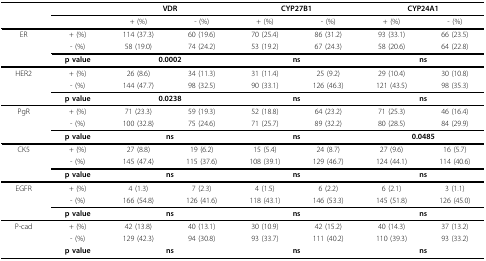
<table><thead><tr><td></td><td></td><td colspan="2"><b>VDR</b></td><td colspan="2"><b>CYP27B1</b></td><td colspan="2"><b>CYP24A1</b></td></tr><tr><td></td><td></td><td><b>+ (%)</b></td><td><b>- (%)</b></td><td><b>+ (%)</b></td><td><b>- (%)</b></td><td><b>+ (%)</b></td><td><b>- (%)</b></td></tr></thead><tbody><tr><td>ER</td><td>+ (%)</td><td>114 (37.3)</td><td>60 (19.6)</td><td>70 (25.4)</td><td>86 (31.2)</td><td>93 (33.1)</td><td>66 (23.5)</td></tr><tr><td></td><td>- (%)</td><td>58 (19.0)</td><td>74 (24.2)</td><td>53 (19.2)</td><td>67 (24.3)</td><td>58 (20.6)</td><td>64 (22.8)</td></tr><tr><td></td><td><b>p value</b></td><td colspan="2"><b>0.0002</b></td><td colspan="2"><b>ns</b></td><td colspan="2"><b>ns</b></td></tr><tr><td>HER2</td><td>+ (%)</td><td>26 (8.6)</td><td>34 (11.3)</td><td>31 (11.4)</td><td>25 (9.2)</td><td>29 (10.4)</td><td>30 (10.8)</td></tr><tr><td></td><td>- (%)</td><td>144 (47.7)</td><td>98 (32.5)</td><td>90 (33.1)</td><td>126 (46.3)</td><td>121 (43.5)</td><td>98 (35.3)</td></tr><tr><td></td><td><b>p value</b></td><td colspan="2"><b>0.0238</b></td><td colspan="2"><b>ns</b></td><td colspan="2"><b>ns</b></td></tr><tr><td>PgR</td><td>+ (%)</td><td>71 (23.3)</td><td>59 (19.3)</td><td>52 (18.8)</td><td>64 (23.2)</td><td>71 (25.3)</td><td>46 (16.4)</td></tr><tr><td></td><td>- (%)</td><td>100 (32.8)</td><td>75 (24.6)</td><td>71 (25.7)</td><td>89 (32.2)</td><td>80 (28.5)</td><td>84 (29.9)</td></tr><tr><td></td><td><b>p value</b></td><td colspan="2"><b>ns</b></td><td colspan="2"><b>ns</b></td><td colspan="2"><b>0.0485</b></td></tr><tr><td>CK5</td><td>+ (%)</td><td>27 (8.8)</td><td>19 (6.2)</td><td>15 (5.4)</td><td>24 (8.7)</td><td>27 (9.6)</td><td>16 (5.7)</td></tr><tr><td></td><td>- (%)</td><td>145 (47.4)</td><td>115 (37.6)</td><td>108 (39.1)</td><td>129 (46.7)</td><td>124 (44.1)</td><td>114 (40.6)</td></tr><tr><td></td><td><b>p value</b></td><td colspan="2"><b>ns</b></td><td colspan="2"><b>ns</b></td><td colspan="2"><b>ns</b></td></tr><tr><td>EGFR</td><td>+ (%)</td><td>4 (1.3)</td><td>7 (2.3)</td><td>4 (1.5)</td><td>6 (2.2)</td><td>6 (2.1)</td><td>3 (1.1)</td></tr><tr><td></td><td>- (%)</td><td>166 (54.8)</td><td>126 (41.6)</td><td>118 (43.1)</td><td>146 (53.3)</td><td>145 (51.8)</td><td>126 (45.0)</td></tr><tr><td></td><td><b>p value</b></td><td colspan="2"><b>ns</b></td><td colspan="2"><b>ns</b></td><td colspan="2"><b>ns</b></td></tr><tr><td>P-cad</td><td>+ (%)</td><td>42 (13.8)</td><td>40 (13.1)</td><td>30 (10.9)</td><td>42 (15.2)</td><td>40 (14.3)</td><td>37 (13.2)</td></tr><tr><td></td><td>- (%)</td><td>129 (42.3)</td><td>94 (30.8)</td><td>93 (33.7)</td><td>111 (40.2)</td><td>110 (39.3)</td><td>93 (33.2)</td></tr><tr><td></td><td><b>p value</b></td><td colspan="2"><b>ns</b></td><td colspan="2"><b>ns</b></td><td colspan="2"><b>ns</b></td></tr></tbody></table>